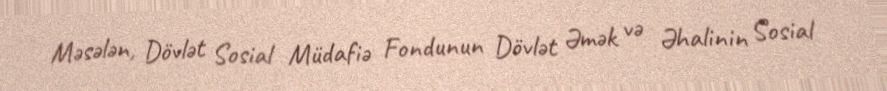
Məsələn, Dövlət Sosial Müdafiə Fondunun Dövlət Əmək və Əhalinin Sosial